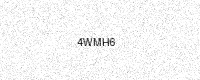
Text: 4WMH6